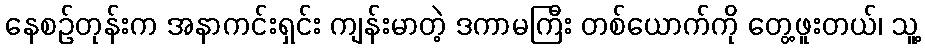
နေစဉ်တုန်းက အနာကင်းရှင်း ကျန်းမာတဲ့ ဒကာမကြီး တစ်ယောက်ကို တွေ့ဖူးတယ်၊ သူ့